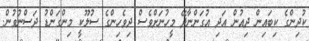
ކުދިންގެ ކިބައިން ދިއުން އަދި އުގަންނާދޭ މީހުނަށްވެސް ދިވެހިންގެ ސުލޫކީ މިންގަންޑު ދަސްނުވުން.